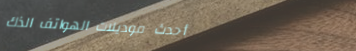
أحدث موديلات الهواتف الذك